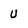
Character: U